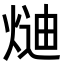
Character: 𭵍